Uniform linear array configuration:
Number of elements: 48
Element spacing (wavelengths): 0.5
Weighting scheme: uniform
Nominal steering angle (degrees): -30
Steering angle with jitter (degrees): -29.614
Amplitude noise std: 0.05
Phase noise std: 0.05

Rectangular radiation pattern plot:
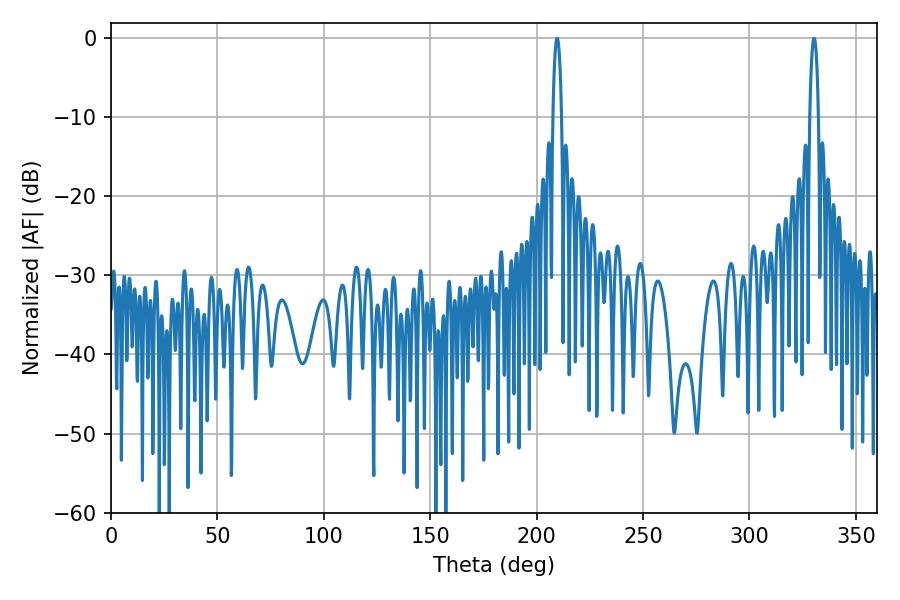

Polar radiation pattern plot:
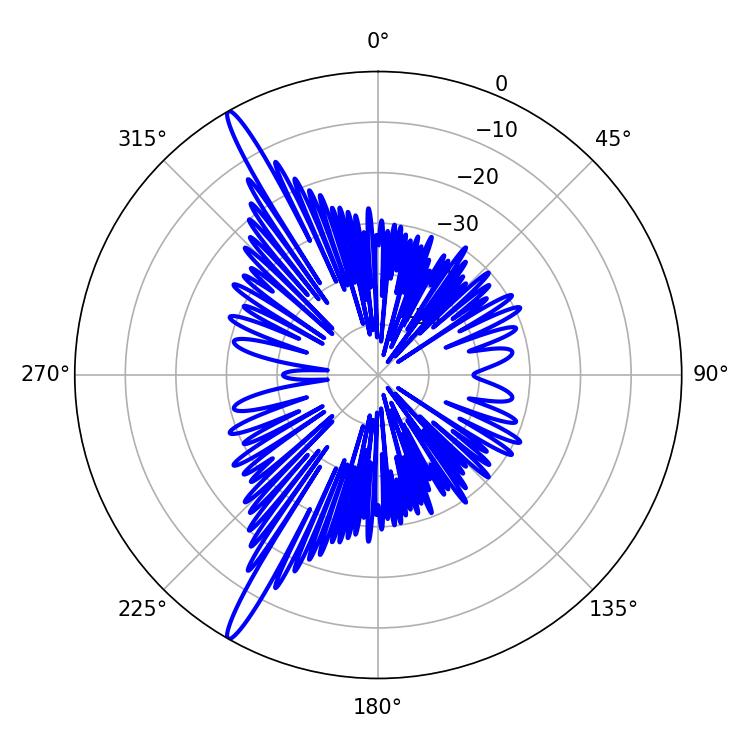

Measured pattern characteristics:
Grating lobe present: FALSE
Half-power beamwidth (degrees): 2.34
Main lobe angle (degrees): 209.7